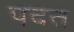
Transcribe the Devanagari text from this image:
पदत